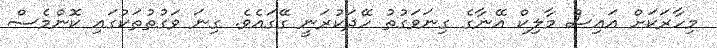
މިހާރަކަށް އައިސް މާލިކް އޭނާގެ ގިނަވަގުތު ހޭދަކުރަނީ ގޭގައެވެ. ގިނަ ވަގުތުތަކުގައި ކޮންމެސް